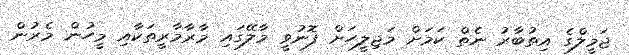
ޖަމީލްގެ އިތުބާރު ނެތް ކަމަށް މަޖިލީހަށް ފޮނުވީ މާލޭގައި މާރާމާރީތަކާއި މީހުން މެރުން